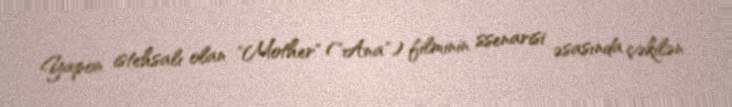
Yapon istehsalı olan "Mother" ("Ana") filminin ssenarisi əsasında çəkilən